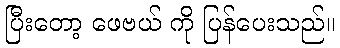
ပြီးတော့ ဖေဗယ် ကို ပြန်ပေးသည်။